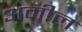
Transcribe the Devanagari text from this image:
अमील